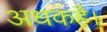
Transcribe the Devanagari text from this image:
अधकहै।